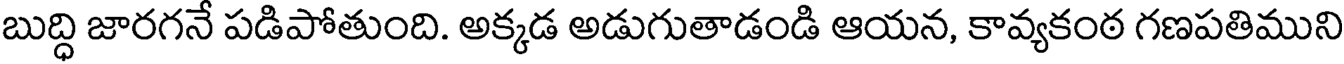
బుద్ధి జారగనే పడిపోతుంది. అక్కడ అడుగుతాడండి ఆయన, కావ్యకంఠ గణపతిముని